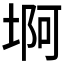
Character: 𱗊